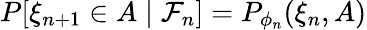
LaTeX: \begin{array}{r}{P[\xi_{n+1}\in A\mid\mathcal{F}_{n}]=P_{\phi_{n}}(\xi_{n},A)}\end{array}